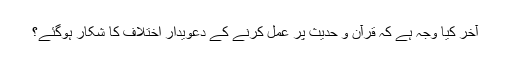
آخر کیا وجہ ہے کہ قرآن و حدیث پر عمل کرنے کے دعویدار اختلاف کا شکار ہوگئے؟